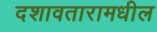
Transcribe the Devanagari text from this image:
दशावतारामधील